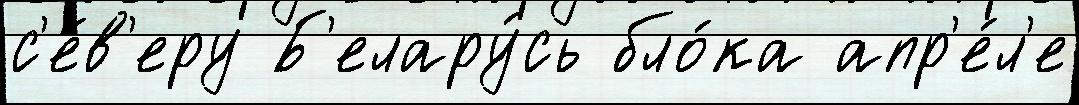
с'е́в'еру Б'елару́сь бло́ка апр'е́л'е